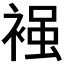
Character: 𧚴